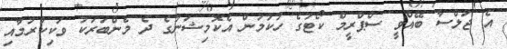
އެ ޖަލްސާ ބޭއްވީ ސްޕްރީމް ކޯޓުގެ ހުކުމުން އެކޮމިޝަނުގެ ދެ މެންބަރަކު ވަކިކުރުމާއި